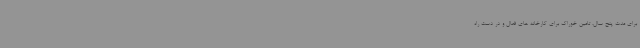
برای مدت پنج سال، تامین خوراک برای کارخانه های فعال و در دست راه